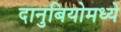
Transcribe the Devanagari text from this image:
दानुबियोमध्ये